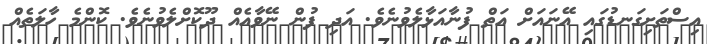
އިސްތަށިގަނޑުގައި އޭނައަށް އަތް ފުނާއަޅާލެވުނެވެ. އަދި ފުން ނޭވާއެއް ދޫކޮށްލެވުނެވެ. ކޮންމެ ހާލަތެއް